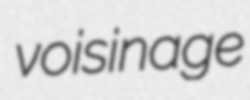
voisinage